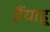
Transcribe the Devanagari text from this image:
हैंयाहू